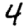
Digit: 4